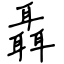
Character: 聶